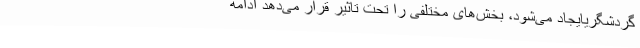
گردشگریایجاد می‌شود، بخش‌های مختلفی را تحت تاثیر قرار می‌دهد ادامه